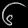
Digit: ၆